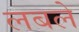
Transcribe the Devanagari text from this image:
लबले